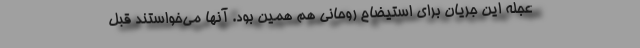
عجله این جریان برای استیضاح روحانی هم همین بود. آنها می‌خواستند قبل